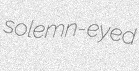
solemn-eyed